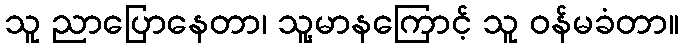
သူ ညာပြောနေတာ၊ သူ့မာနကြောင့် သူ ဝန်မခံတာ။